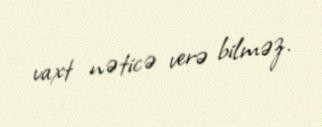
vaxt nəticə verə bilməz.